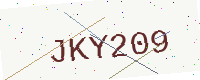
Text: JKY209